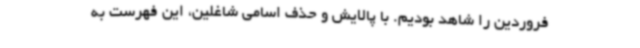
فروردین را شاهد بودیم. با پالایش و حذف اسامی شاغلین، این فهرست به